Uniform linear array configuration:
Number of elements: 32
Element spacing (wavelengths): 1
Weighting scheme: kaiser
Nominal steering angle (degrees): -45
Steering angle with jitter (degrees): -44.859
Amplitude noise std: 0.05
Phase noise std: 0.05

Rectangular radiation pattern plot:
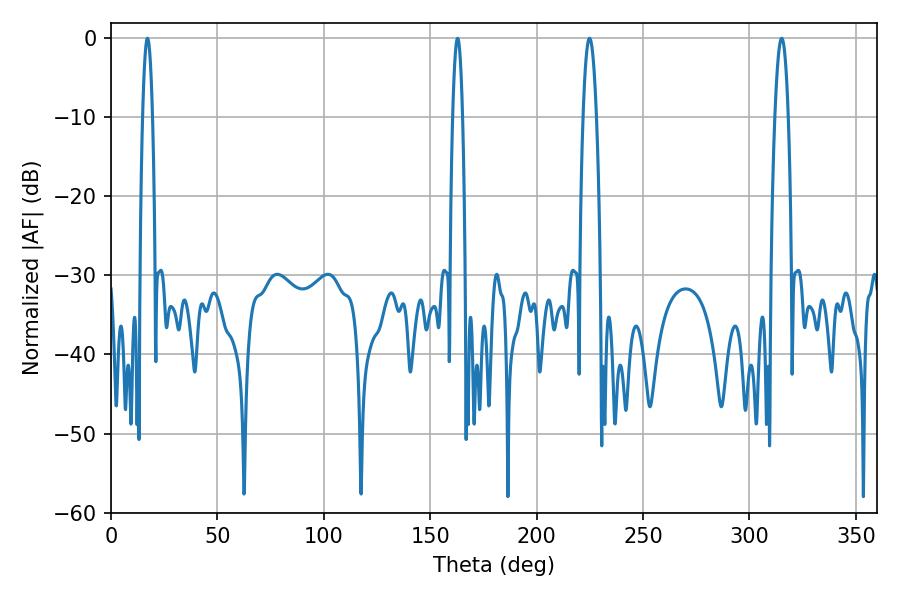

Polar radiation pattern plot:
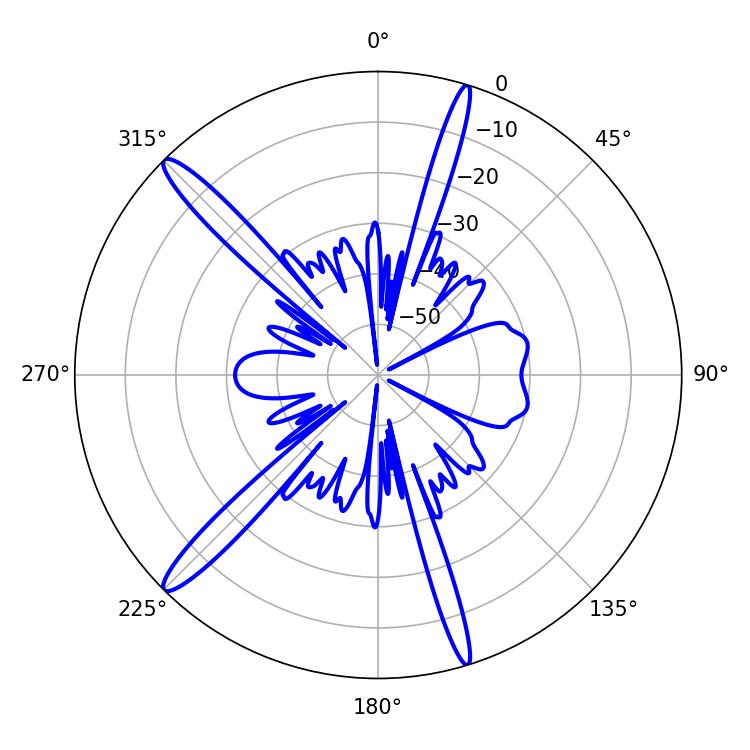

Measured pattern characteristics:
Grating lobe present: TRUE
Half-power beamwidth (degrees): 3.42
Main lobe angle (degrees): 224.82